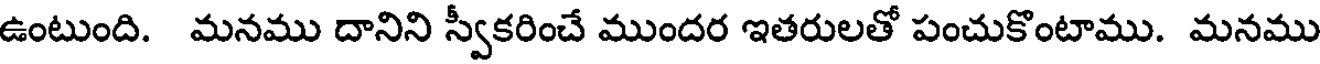
ఉంటుంది. మనము దానిని స్వీకరించే ముందర ఇతరులతో పంచుకొంటాము. మనము